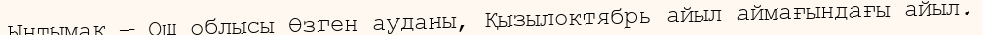
Ынтымақ — Ош облысы Өзген ауданы, Қызылоктябрь айыл аймағындағы айыл.